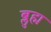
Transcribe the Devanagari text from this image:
ब्लुह्म